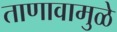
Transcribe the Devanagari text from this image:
ताणावामुळे